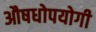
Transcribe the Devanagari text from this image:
औषधोपयोगी